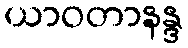
ယာဝတာနန္ဒ